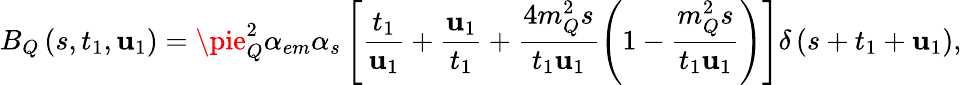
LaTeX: B_{Q}\left(s,t_{1},\mathbf{u}_{1}\right)=\pie_{Q}^{2}\alpha_{em}\alpha_{s}\left[\frac{{t_{1}}}{{\mathbf{u}_{1}}}+\frac{{\mathbf{u}_{1}}}{{t_{1}}}+\frac{{4m_{Q}^{2}s}}{{t_{1}\mathbf{u}_{1}}}\left(1-\frac{{m_{Q}^{2}s}}{{t_{1}\mathbf{u}_{1}}}\right)\right]\delta\left(s+t_{1}+\mathbf{u}_{1}\right),